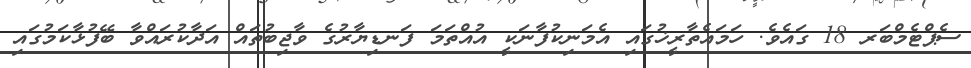
ސެޕްޓެމްބަރ 18 ގައެވެ. ހަމައެތާރީޚުގައި އެމަނިކުފާނަކީ އުއްތަމަ ފަނޑިޔާރުގެ ވާޖިބުތައް އަދާކުރައްވާ ބޭފުޅާކަމުގައި